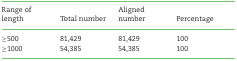
<table><thead><tr><td><b>Range of length</b></td><td><b>Total number</b></td><td><b>Aligned number</b></td><td><b>Percentage</b></td></tr></thead><tbody><tr><td>≥500</td><td>81,429</td><td>81,429</td><td>100</td></tr><tr><td>≥1000</td><td>54,385</td><td>54,385</td><td>100</td></tr></tbody></table>